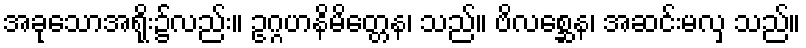
အခုသောအရိုး၌လည်း။ ဥဂ္ဂဟနိမိတ္တေန၊ သည်။ ဗိလစ္ဆေန၊ အဆင်းမလှ သည်။